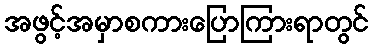
အဖွင့်အမှာစကားပြောကြားရာတွင်